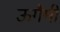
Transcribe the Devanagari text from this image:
ऊगैमी